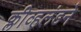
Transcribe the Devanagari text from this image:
क्लीव्हलंडने